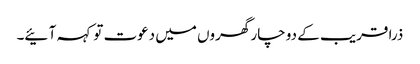
ذرا قریب کے دو چار گھروں میں دعوت تو کہہ آ ئیے۔